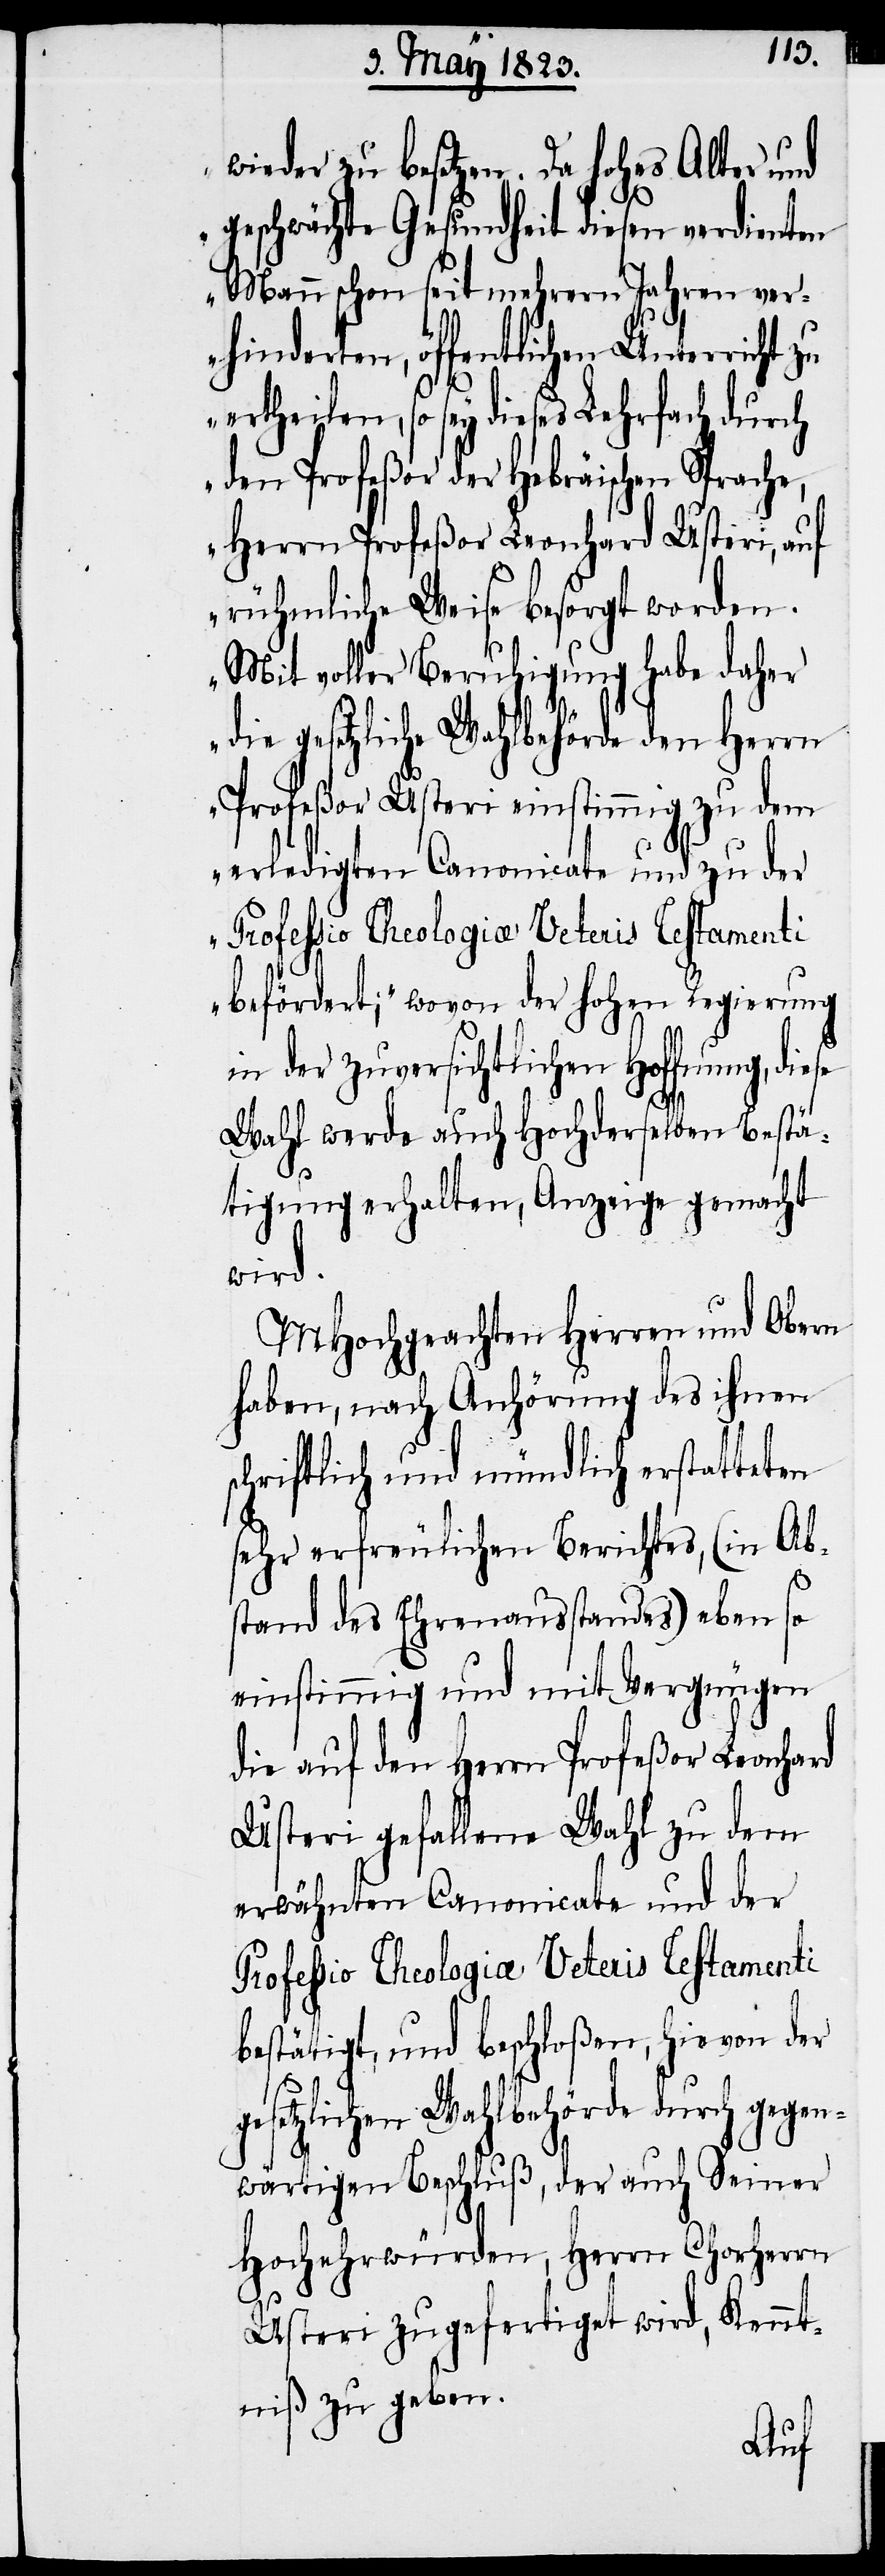
wieder zu besetzen. Da hohes Alter und
geschwächte Gesundheit diesen verdienten
Mann schon seit mehrern Jahren ver¬
hinderten, öffentlichen Unterricht
ertheilen, so sey dieses Lehrfach durch
den Profeßor der Hebräischen
Herrn Profeßor Leonhard Usteri, auf
rühmliche Weise besorgt worden.
Mit voller Beruhigung habe daher
die gesetzliche Wahlbehörde den Herrn
Profeßor Usteri einstimmig zu dem
erledigten Canonicate und zu der
Professio Theologiae Veteris Testamenti
befördert;“ wovon der hohen Regierung
in der zuversichtlichen Hoffnung, diese
Wahl werde auch Hochderselben Bestä¬
tigung erhalten, Anzeige gemacht
wird.
MHochgeachten Herren und Obern
haben, nach Anhörung des ihnen
schriftlich und mündlich erstatteten
sehr erfreulichen Berichtes, (in Ab¬
stand des Ehrenausstandes) eben so
einstimmig und mit Vergnügen
die auf den Herrn Profeßor Leonhard
Usteri gefallene Wahl zu dem
erwähnten Canonicate und der
Professio Theologiae Veteris Testamenti
bestätigt, und beschloßen, hievon der
gesetzlichen Wahlbehörde durch gegen¬
wärtigen Beschluß, der auch Seiner
Hochehrwürden, Herrn Chorherrn
Usteri zugefertiget wird, Kennt¬
niß zu geben.